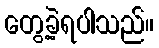
တွေ့ခဲ့ရပါသည်။